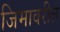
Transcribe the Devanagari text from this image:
जिमावरील